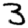
Digit: 3